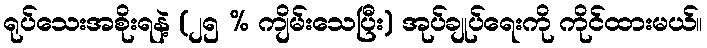
ရုပ်သေးအစိုးရနဲ့ (၂၅ % ကျိမ်းသေပြီး) အုပ်ချုပ်ရေးကို ကိုင်ထားမယ်။